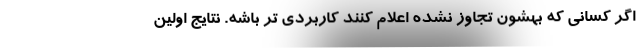
اگر کسانی که بهشون تجاوز نشده اعلام کنند کاربردی تر باشه. نتایج اولین